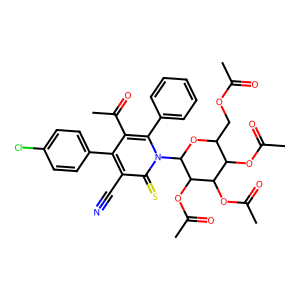
SMILES: CC(=O)OCC1OC(n2c(-c3ccccc3)c(C(C)=O)c(-c3ccc(Cl)cc3)c(C#N)c2=S)C(OC(C)=O)C(OC(C)=O)C1OC(C)=O
Inhibits HIV replication: No